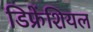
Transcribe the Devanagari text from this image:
डिफ्रेंशियल